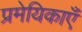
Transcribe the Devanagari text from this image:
प्रमेयिकाएँ